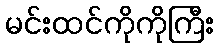
မင်းထင်ကိုကိုကြီး